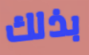
بذلك